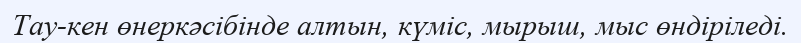
Тау-кен өнеркәсібінде алтын, күміс, мырыш, мыс өндіріледі.